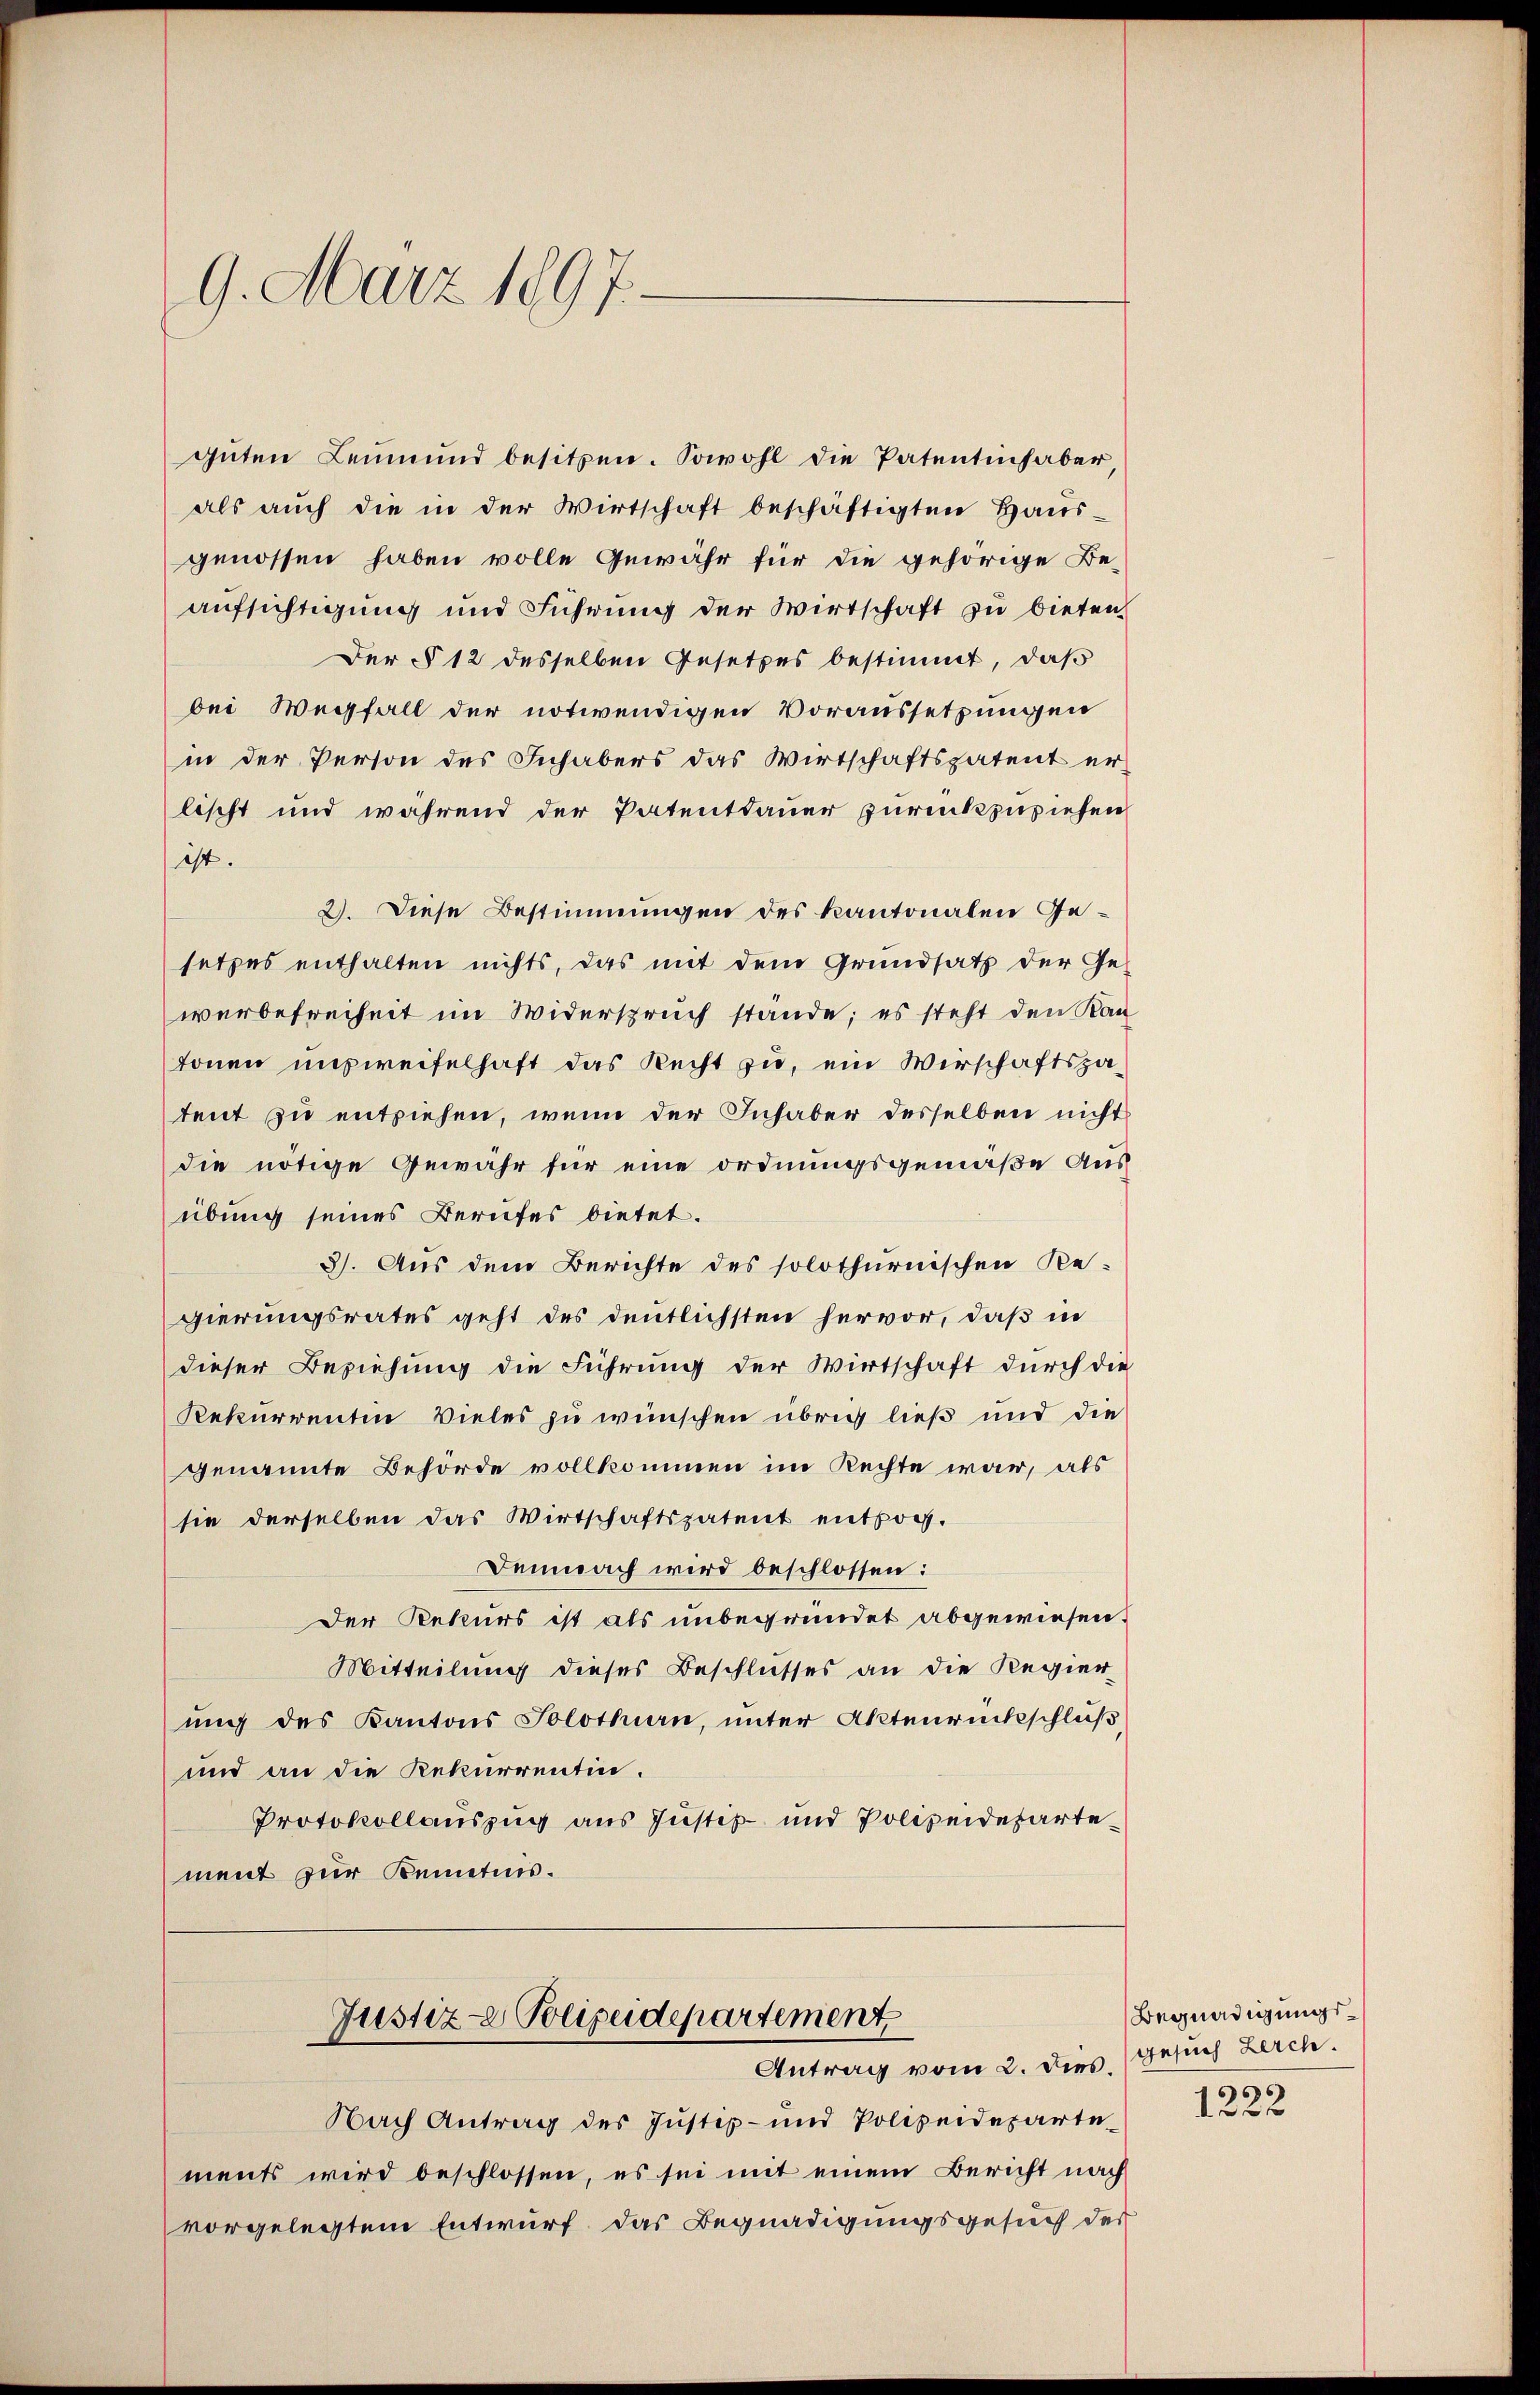
9. März 1897

guten Leumund besitzen. Sowohl die Patentinhaber,
als aŭch die in der Wirtschaft beschäftigten Haŭs-
genossen haben volle Gewähr für die gehörige Be-
aufsichtigung und Führung der Wirtschaft zu bieten,
Der § 12 desselben Gesetzes bestimmt, daß
bei Wegfall der notwendigen Voraussetzungen
in der Person des Inhabers das Wirtschaftspatent er-
lischt und während der Patentdauer zurückzuziehen
ist.
2. Diese Bestimmungen des kantonalen Gesetzes enthalten nichts, das mit dem Grundsatz der Ge-
werbefreiheit im Widerspruch stande; es steht den Kan-
tonen unzweifelhaft das Recht zu, ein Wirschaftspatent zu entziehen, wenn der Inhaber desselben nicht
die nötige Gewähr für eine ordnungsgemäße Aus
übung seines Berufes bietet.
3). Aus dem Berichte des solothurnischen Regierungsrates geht des deutlichsten hervor, daß in
dieser Beziehung die Führung der Wirtschaft durch die
Rekurrenten Vieles zu wünschen übrig ließ und die
genannte Behörde vollkommen im Rechte war, als
sie derselben das Wirtschaftspatent entzog.
Demnach wird beschlossen:
Der Rekurs ist als unbegründet abgewiesen.
Mitteilung dieses Beschlusses an die Regier
ung des Kantons Solothurn, unter Aktenrückschluß
und an die Rekurrentin.
Protokollauszug aus Justiz- und Polizeidepartement zur Kenntnis.
Justiz- Polizeidepartement
Antrag vom 2. Dies.
Nach Antrag des Justiz- und Polizeideparte
ments wird beschlossen, es sei mit einem Bericht nach
vorgelegtem Entwurf das Begnadigungsgesuch des

Begnadigungsgesuch Zeich.
s
1220